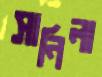
সানিলা